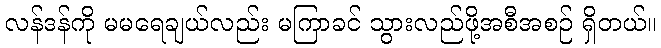
လန်ဒန်ကို မမရေချယ်လည်း မကြာခင် သွားလည်ဖို့အစီအစဉ် ရှိတယ်။